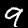
Label: 9